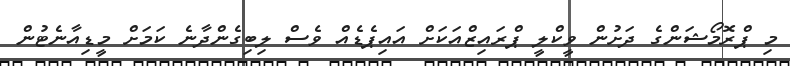
މި ޕްރޮމޯޝަންގެ ދަށުން ވީކްލީ ޕްރައިޒްއަކަށް އައިޕެޑެއް ވެސް ލިބިގެންދާނެ ކަމަށް މީޑިއާނެޓުން